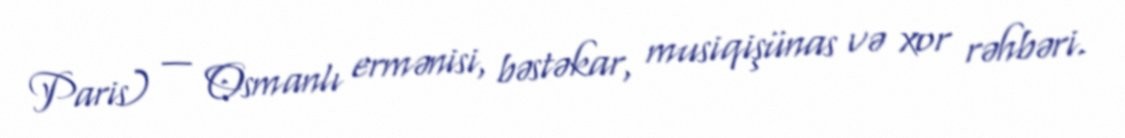
Paris) — Osmanlı ermənisi, bəstəkar, musiqişünas və xor rəhbəri.